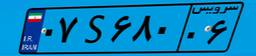
۵۳S۴۵۷۹۵